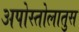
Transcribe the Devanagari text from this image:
अपोस्तोलातुस